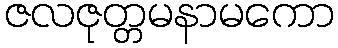
ဇလဇုတ္တမနာမကော